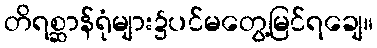
တိရစ္ဆာန်ရုံများ၌ပင်မတွေ့မြင်ရချေ။